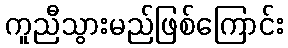
ကူညီသွားမည်ဖြစ်ကြောင်း